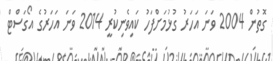
ގޮތުން 2004 ވަނަ އަހަރު ގުޅުމަށްފަހު ކައިވެނިކުރީ 2014 ވަނަ އަހަރުގެ އޯގަސްޓް